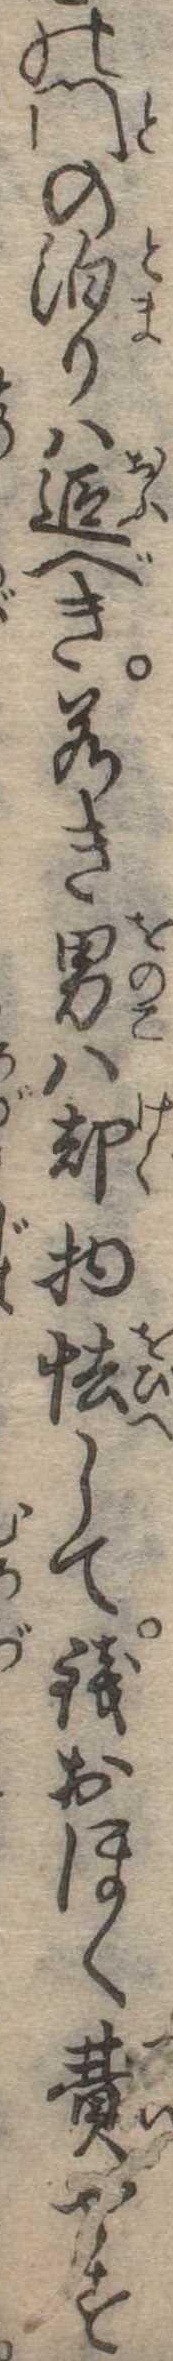
の門の泊りは追べき若き男は却物怯して銭おほく費やす